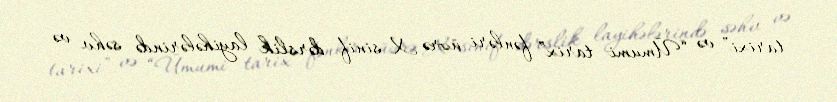
tarixi” və “Ümumi tarix” fənləri üzrə X sinif dərslik layihələrində səhv və